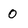
Character: 0